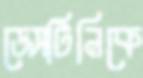
ডেসটিনিকে